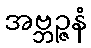
အဗ္ဘဉ္ဇနံ